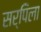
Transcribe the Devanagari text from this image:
सर्पिला